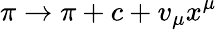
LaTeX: \pi\to\pi+c+v_{\mu}x^{\mu}